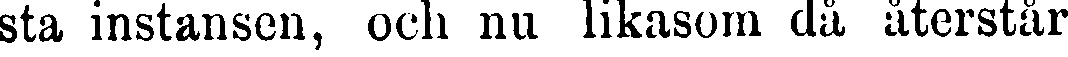
sta instansen, och nu likasom då återstår